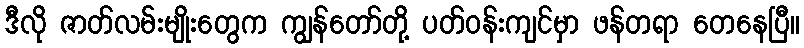
ဒီလို ဇာတ်လမ်းမျိုးတွေက ကျွန်တော်တို့ ပတ်ဝန်းကျင်မှာ ဖန်တရာ တေနေပြီ။